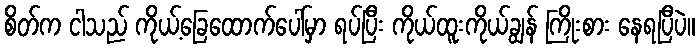
စိတ်က ငါသည် ကိုယ့်ခြေထောက်ပေါ်မှာ ရပ်ပြီး ကိုယ်ထူးကိုယ်ချွန် ကြိုးစား နေရပြီပဲ။